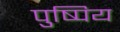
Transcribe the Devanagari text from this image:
पुष्पिय